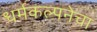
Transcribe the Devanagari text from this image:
धर्मकल्पनेचा